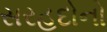
સરહદોનો